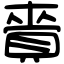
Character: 賫